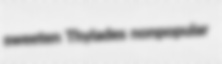
sweeten Thyiades nonpopular